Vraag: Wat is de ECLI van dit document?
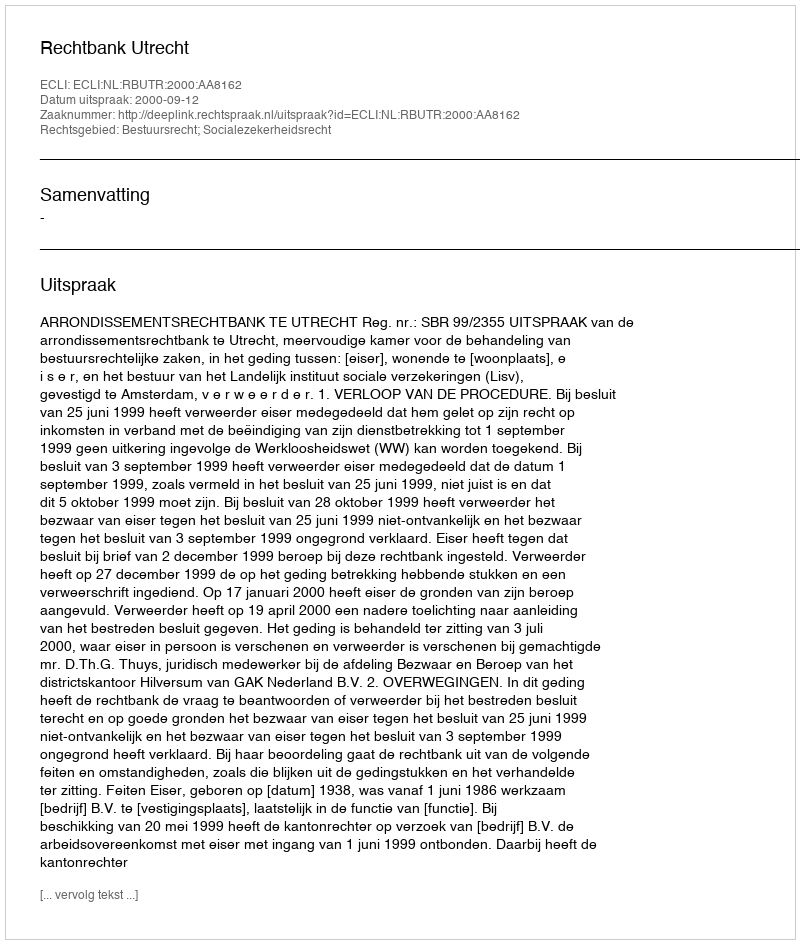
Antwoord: ECLI:NL:RBUTR:2000:AA8162